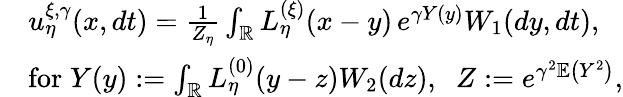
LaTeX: \begin{array}{rl}&{u_{\eta}^{\xi,\gamma}(x,dt)=\frac{1}{Z_{\eta}}\int_{\mathbb R}L_{\eta}^{(\xi)}(x-y)\, e^{\gamma Y(y)}W_{1}(dy,dt),}\\ &{\mathrm{for}\; Y(y):=\int_{\mathbb R}L_{\eta}^{(0)}(y-z)W_{2}(dz),\; \; Z:=e^{\gamma^{2}\mathbb E\left({Y^{2}}\right)},}\end{array}